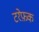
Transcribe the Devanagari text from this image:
टरेफ़क